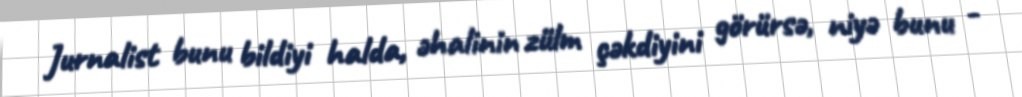
Jurnalist bunu bildiyi halda, əhalinin zülm çəkdiyini görürsə, niyə bunu -